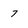
Character: 7